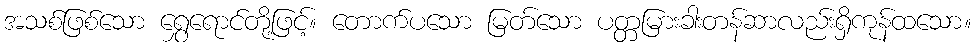
အသစ်ဖြစ်သော ရွှေရောင်တို့ဖြင့်။ တောက်ပသော မြတ်သော ပတ္တမြားခါးတန်ဆာလည်းရှိကုန်ထသော။